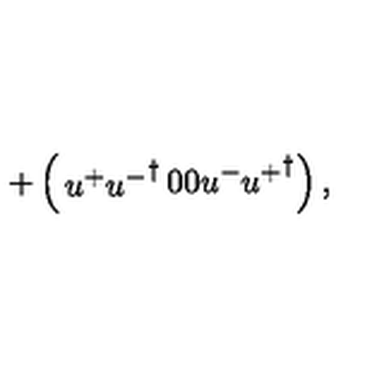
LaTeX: + \left( \begin{matrix} { u ^ { + } { u ^ { - } } ^ { \dagger } } & { } & { 0 } \\ { 0 } & { } & { u ^ { - } { u ^ { + } } ^ { \dagger } } \\ \end{matrix} \right) ,